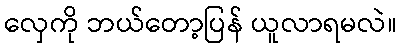
လှေကို ဘယ်တော့ပြန် ယူလာရမလဲ။